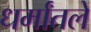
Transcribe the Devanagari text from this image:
धर्मांतले